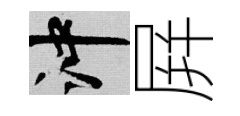
冲屛